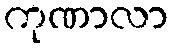
ကုဏာလာ